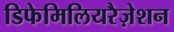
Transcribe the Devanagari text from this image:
डिफेमिलियरैज़ेशन